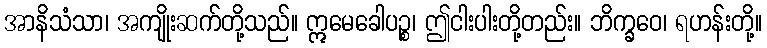
အာနိသံသာ၊ အကျိုးဆက်တို့သည်။ ဣမေခေါပဉ္စ၊ ဤငါးပါးတို့တည်း။ ဘိက္ခဝေ၊ ရဟန်းတို့။